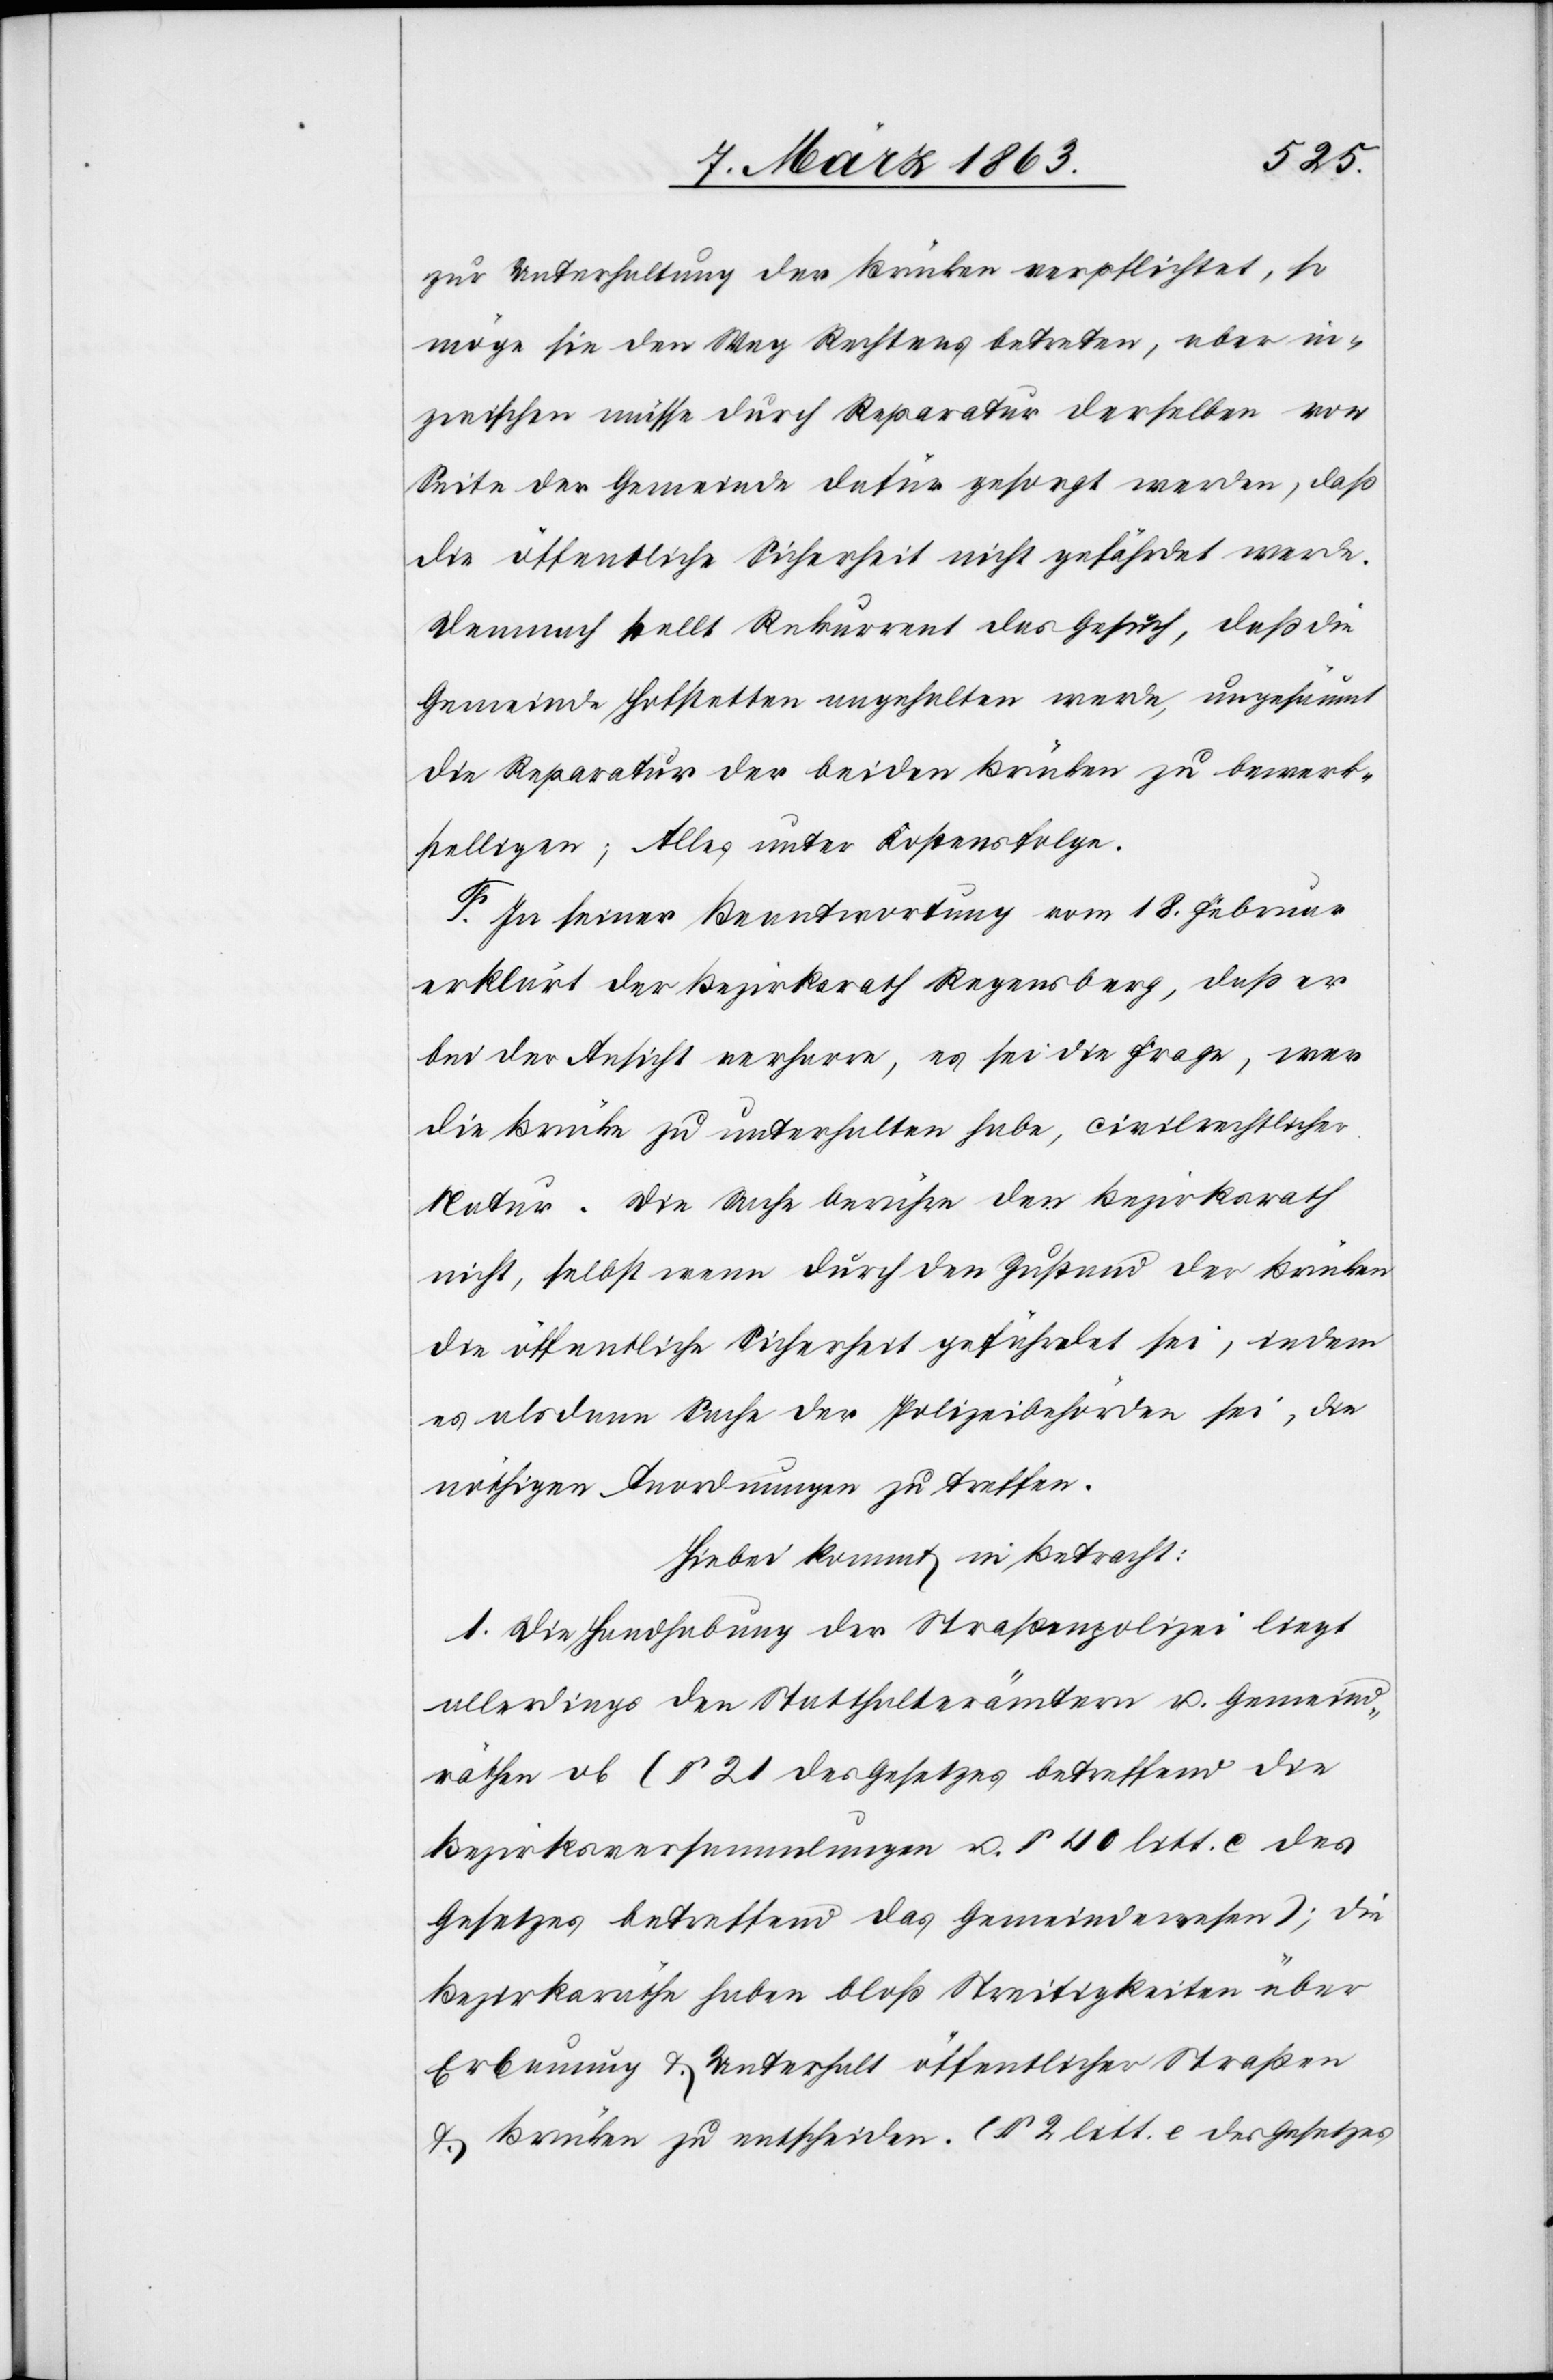
zur Unterhaltung der Brücken verpflichtet, so
möge sie den Weg Rechtens betreten, aber in¬
zwischen müsse durch Reparatur derselben von
Seite der Gemeinde dafür gesorgt werden, daß
die öffentliche Sicherheit nicht gefährdet werde.
Demnach stellt Rekurrent das Gesuch, daß die
Gemeinde Hofstetten angehalten werde, ungesäumt
die Reparatur der beiden Brücken zu bewerk¬
stelligen; Alles unter Kostensfolge.
In seiner Beantwortung vom 18. Februar
erklärt der Bezirksrath Regensberg, daß er
bei der Ansicht verharre, es sei die Frage, wer
die Brücke zu unterhalten habe, civilrechtlicher
Natur. Die Sache berühre den Bezirksrath
nicht, selbst wenn durch den Zustand der Brücken
die öffentliche Sicherheit gefährdet sei, indem
es alsdann Sache der Polizeibehörden sei, die
nöthigen Anordnungen zu treffen.
Hiebei kommt in Betracht:
1. Die Handhabung der Straßenpolizei liegt
allerdings den Statthalterämtern u. Gemeind¬
räthen ob (§ 21 des Gesetzes betreffend die
Bezirksversammlungen u. § 40 litt. c des
Gesetzes betreffend das Gemeindewesen); die
Bezirksräthe haben bloß Streitigkeiten über
Erbauung & Unterhalt öffentlicher Straßen
& Brücken zu entscheiden. (§ 2 litt. e des Gesetzes